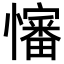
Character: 𪬺